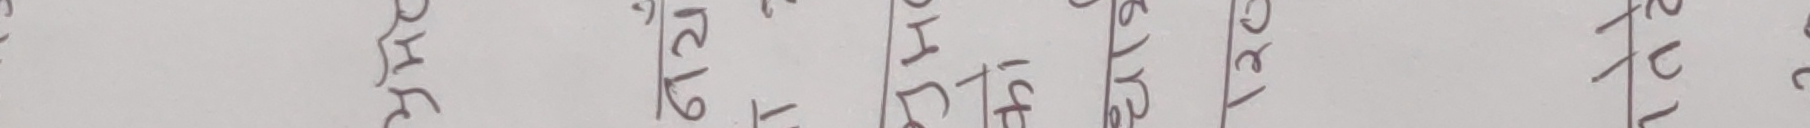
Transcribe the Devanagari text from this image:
छैन